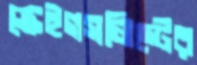
ক্রেইগসলিস্টের